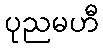
ပုညမဟီ